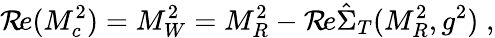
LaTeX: {\cal R}\! e(M_{c}^{2})=M_{W}^{2}=M_{R}^{2}-{\cal R}\! e\hat{\Sigma}_{T}(M_{R}^{2},g^{2})\; ,